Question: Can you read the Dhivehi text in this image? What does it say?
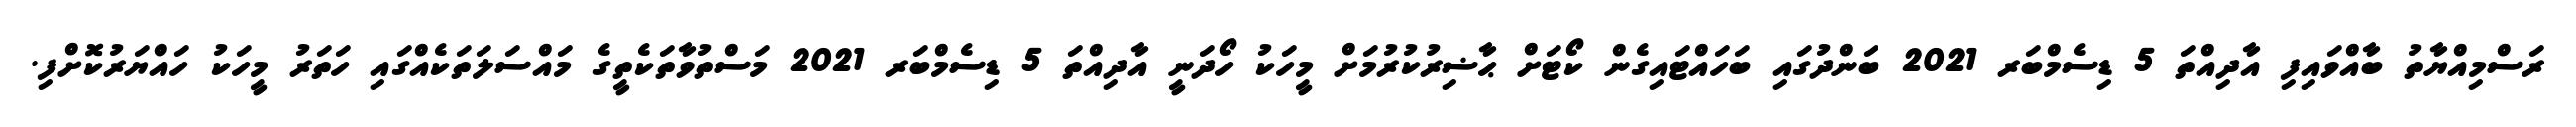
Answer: ރަސްމިއްޔާތު ބާއްވައިފި އާދިއްތަ 5 ޑިސެމްބަރ 2021 ބަންދުގައި ބަހައްޓައިގެން ކޯޓަށް ޙާޟިރުކުރުމަށް މީހަކު ހޯދަނީ އާދިއްތަ 5 ޑިސެމްބަރ 2021 މަސްތުވާތަކެތީގެ މައްސަލަތަކެއްގައި ހަތަރު މީހަކު ހައްޔަރުކޮށްފި.